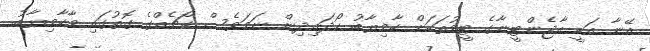
އޭނާ އަކީ އާޖެންޓީނާގެ ޓީމުތަކަށް ކާމިޔާބު ހޯދައިދިން ނަމަވެސް ކޯޗެއްގެ ގޮތުގައި މާކާމިޔާބު